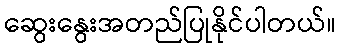
ဆွေးနွေးအတည်ပြုနိုင်ပါတယ်။